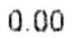
0.00